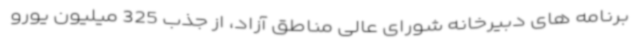
برنامه های دبیرخانه شورای عالی مناطق آزاد، از جذب 325 میلیون یورو